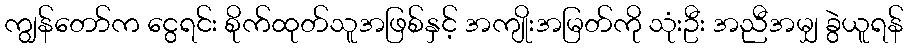
ကျွန်တော်က ငွေရင်း စိုက်ထုတ်သူအဖြစ်နှင့် အကျိုးအမြတ်ကို သုံးဦး အညီအမျှ ခွဲယူရန်